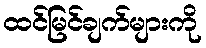
ထင်မြင်ချက်များကို